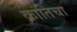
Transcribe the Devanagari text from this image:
क्रांतिचा